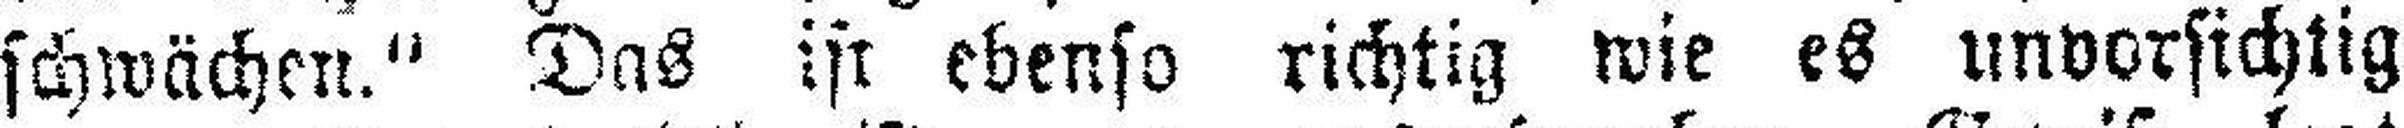
schwächen.“ Das ist ebenso richtig wie es unvorsichtig